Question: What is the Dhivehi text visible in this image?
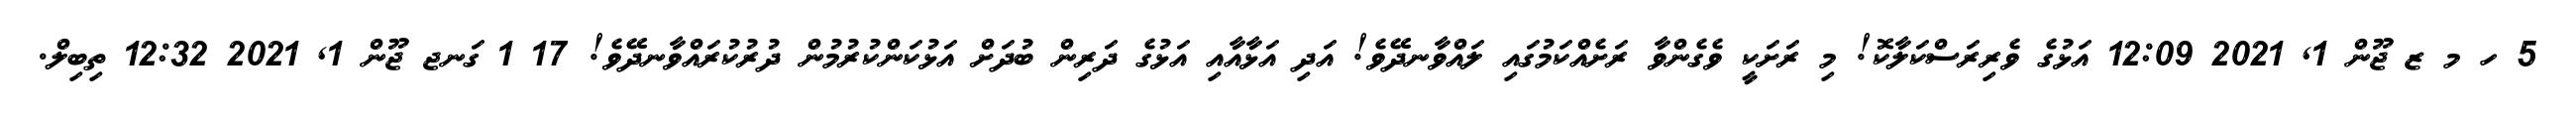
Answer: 5 ހ މ ޒ ޖޫން 1, 2021 12:09 އަޅުގެ ވެރިރަސްކަލާކޮ! މި ރަށަކީ ވެގެންވާ ރަށެއްކަމުގައި ލައްވާނދޭވެ! އަދި އަޅާއާއި އަޅުގެ ދަރިން ބުދަށް އަޅުކަންކުރުމުން ދުރުކުރައްވާނދޭވެ! 17 1 ގަނޖ ޖޫން 1, 2021 12:32 ތިބިލް.